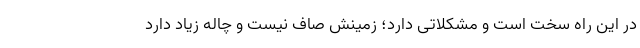
در این راه سخت است و مشکلاتی دارد؛ زمینش صاف نیست و چاله زیاد دارد